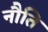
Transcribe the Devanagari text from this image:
नौति